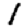
Digit: 1